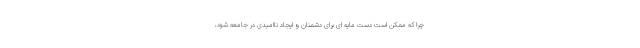
چرا که ممکن است دست مایه ای برای دشمنان و ایجاد ناامیدی در جامعه شود،